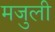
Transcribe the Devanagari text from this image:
मजुली